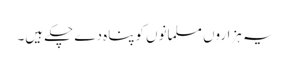
یہ ہزاروں مسلمانوں کوپناہ دے چکے ہیں۔